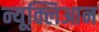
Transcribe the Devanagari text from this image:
न्यूक्लिआन